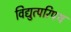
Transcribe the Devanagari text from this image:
विद्युत्परिपथ